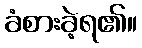
ခံစားခဲ့ရ၏။